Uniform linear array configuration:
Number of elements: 48
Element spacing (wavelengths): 0.5
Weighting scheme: exponential
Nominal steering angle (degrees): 60
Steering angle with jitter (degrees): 60.461
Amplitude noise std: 0.05
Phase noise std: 0.05

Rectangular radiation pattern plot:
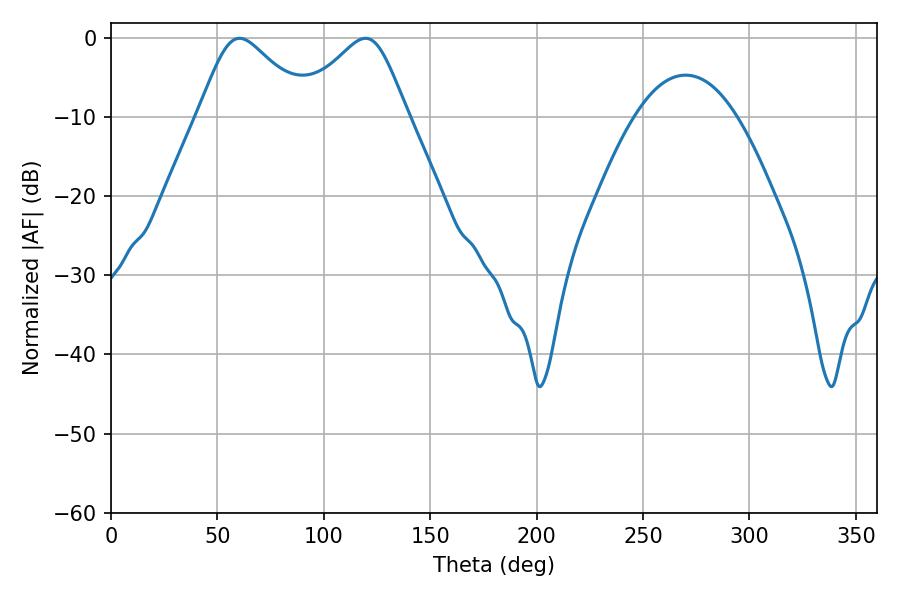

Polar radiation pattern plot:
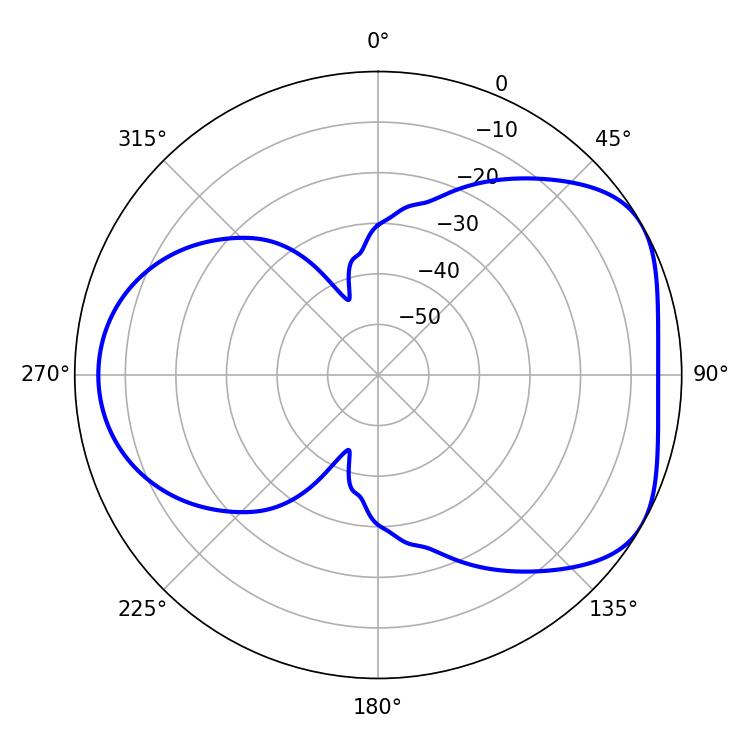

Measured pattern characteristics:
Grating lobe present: FALSE
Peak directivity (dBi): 4.755
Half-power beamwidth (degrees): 25.56
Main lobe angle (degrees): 60.48